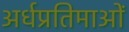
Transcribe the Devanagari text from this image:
अर्धप्रतिमाओं